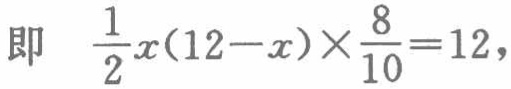
即 \(\frac{1}{2}x(12 - x)\times\frac{8}{10} = 12\)，